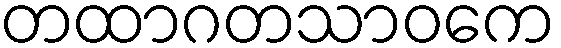
တထာဂတသာဝကေ